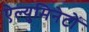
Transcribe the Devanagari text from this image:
ऐल्युमिनेटों